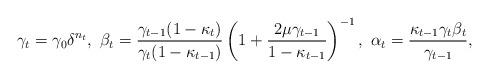
LaTeX: \begin{align*}\gamma_t=\gamma_0\delta^{n_t},\ \beta_t=\frac{\gamma_{t-1}(1-\kappa_t)}{\gamma_t(1-\kappa_{t-1})}\left(1+\frac{2\mu\gamma_{t-1}}{1-\kappa_{t-1}}\right)^{-1},\ \alpha_t=\frac{\kappa_{t-1}\gamma_{t}\beta_t}{\gamma_{t-1}},\end{align*}